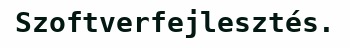
Szoftverfejlesztés.